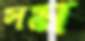
সম